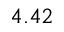
4 . 4 2